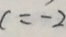
c = - 2